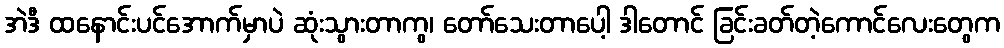
အဲဒီ ထနောင်းပင်အောက်မှာပဲ ဆုံးသွားတာကွ၊ တော်သေးတာပေါ့ ဒါတောင် ခြင်းခတ်တဲ့ကောင်လေးတွေက